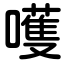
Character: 嚄